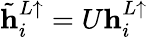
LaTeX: \tilde{\mathbf{h}}_{i}^{L\uparrow}=U\mathbf{h}_{i}^{L\uparrow}